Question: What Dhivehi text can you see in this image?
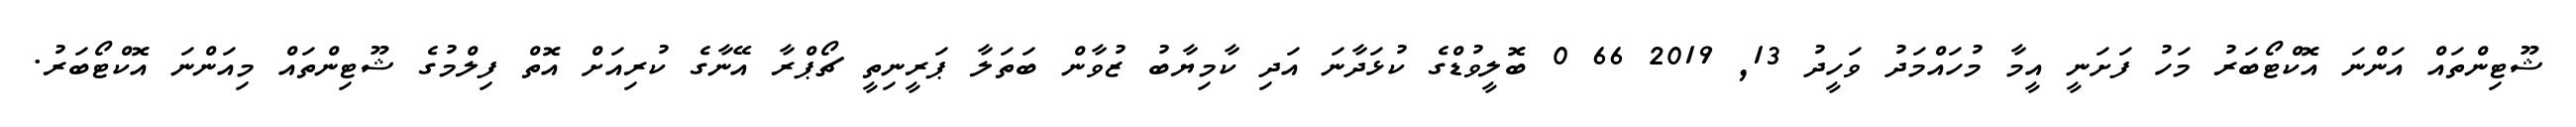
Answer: ޝޫޓިންތައް އަންނަ އޮކްޓޯބަރު މަހު ފަށަނީ އީމާ މުހައްމަދު ވަހީދު 13, 2019 66 0 ބޮލީވުޑްގެ ކުޅަދާނަ އަދި ކާމިޔާބު ޒުވާން ބަތަލާ ޕަރީނިތީ ޗޯޕްރާ އޭނާގެ ކުރިއަށް އޮތް ފިލްމުގެ ޝޫޓިންތައް މިއަންނަ އޮކްޓޯބަރު.